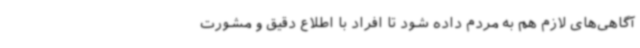
آگاهی‌های لازم هم به مردم داده شود تا افراد با اطلاع دقیق و مشورت